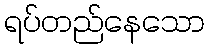
ရပ်တည်နေသော